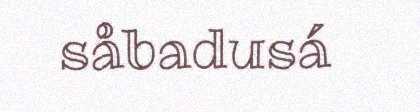
såbadusá